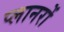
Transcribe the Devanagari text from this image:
प्लानरों